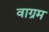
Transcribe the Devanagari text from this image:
वाग्रम